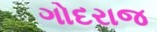
ગોદરાજ